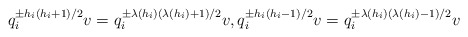
\begin{align*}q_i^{\pm h_i(h_i+1)/2}v=q_i^{\pm \lambda(h_i)(\lambda(h_i)+1)/2}v,q_i^{\pm h_i(h_i-1)/2}v=q_i^{\pm \lambda(h_i)(\lambda(h_i)-1)/2}v\end{align*}